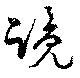
覽